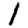
Digit: 1